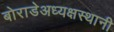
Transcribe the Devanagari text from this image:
बोराडेअध्यक्षस्थानी